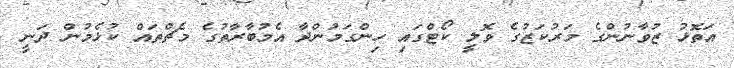
އަތޮޅު ޒުވާނުންގެ މަރުކަޒުގެ ވޮލީ ކޯޓްގައި ހިންގަމުންދާ އެމުބާރާތުގެ މެޗްތައް ކުޅެމުން ދަނީ